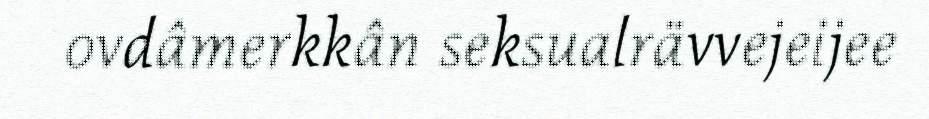
ovdâmerkkân seksualrävvejeijee